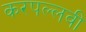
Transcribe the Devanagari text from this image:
करपल्लवी